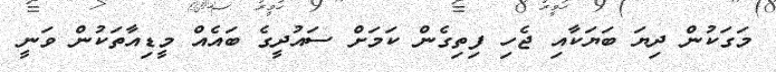
މަގަކުން ދިޔަ ބަޔަކާއި ޖެހި ފިތިގެން ކަމަށް ސައުދީގެ ބައެއް މީޑިއާތަކުން ވަނީ